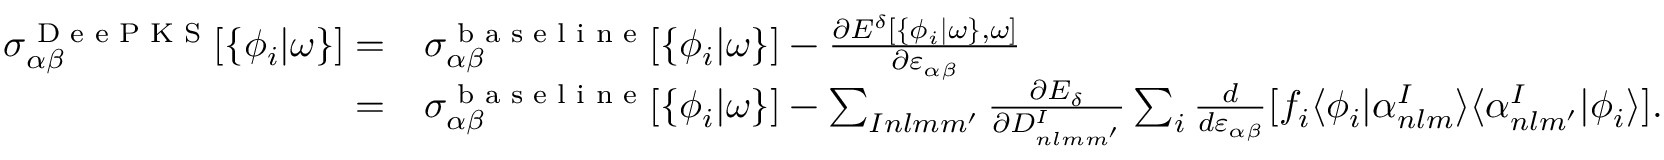
\begin{array} { r l } { \sigma _ { \alpha \beta } ^ { \scriptsize { \textrm { D e e P K S } } } [ \{ \phi _ { i } | \omega \} ] = } & { \sigma _ { \alpha \beta } ^ { \scriptsize { \textrm { b a s e l i n e } } } [ \{ \phi _ { i } | \omega \} ] - \frac { \partial E ^ { \delta } [ \{ \phi _ { i } | \omega \} , \omega ] } { \partial \varepsilon _ { \alpha \beta } } } \\ { = } & { \sigma _ { \alpha \beta } ^ { \scriptsize { \textrm { b a s e l i n e } } } [ \{ \phi _ { i } | \omega \} ] - \sum _ { I n l m m ^ { \prime } } \frac { \partial E _ { \delta } } { \partial D _ { n l m m ^ { \prime } } ^ { I } } \sum _ { i } \frac { d } { d \varepsilon _ { \alpha \beta } } [ f _ { i } \langle \phi _ { i } | \alpha _ { n l m } ^ { I } \rangle \langle \alpha _ { n l m ^ { \prime } } ^ { I } | \phi _ { i } \rangle ] . } \end{array}